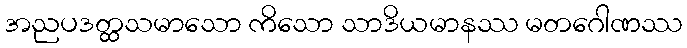
အညပဒတ္ထသမာသော ကိသော သာဒိယမာနဿ မတဂေါဏဿ